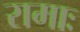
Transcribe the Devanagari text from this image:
रामाः